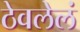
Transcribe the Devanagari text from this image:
ठेवलेलं